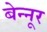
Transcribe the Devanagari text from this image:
बेन्नूर